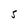
Character: 5